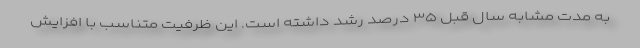
به مدت مشابه سال قبل ۳۵ درصد رشد داشته است. این ظرفیت متناسب با افزایش